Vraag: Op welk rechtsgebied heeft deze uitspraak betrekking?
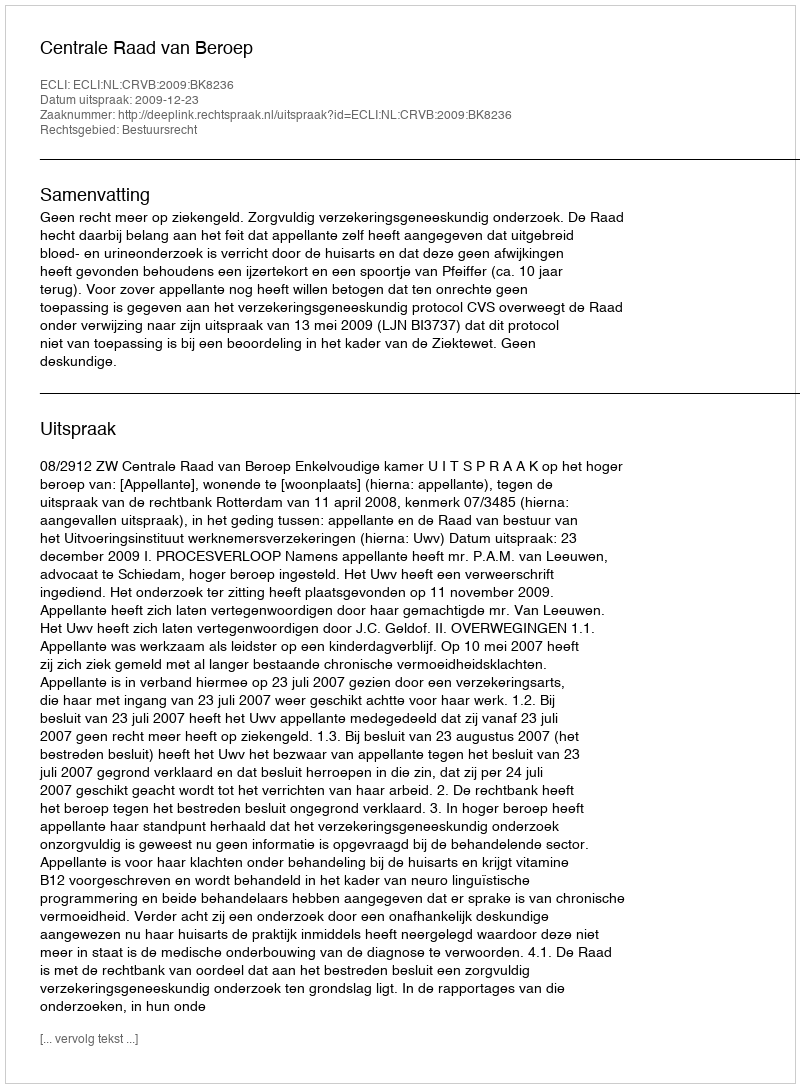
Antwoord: Bestuursrecht